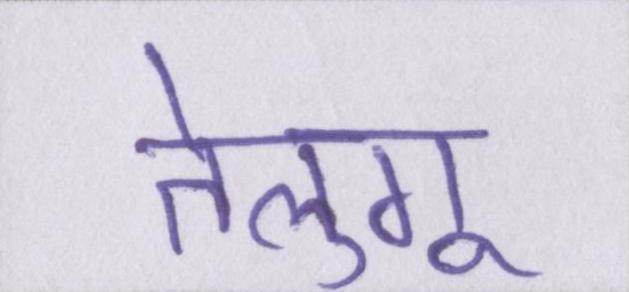
तेलुगू